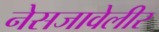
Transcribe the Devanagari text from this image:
नेसजावेलीर